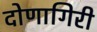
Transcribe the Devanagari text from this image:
दोणागिरी